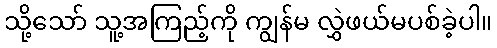
သို့သော် သူ့အကြည့်ကို ကျွန်မ လွှဲဖယ်မပစ်ခဲ့ပါ။